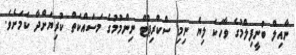
ނާއިލް ބުނީފިލްމުގެ ވާހަކަ ލިޔެ ނިމި ސްކްރިޕްޓް ނިންމުމުގެ މަސައްކަތް ކުރިޔަށްދާ ކަމަށެވެ.